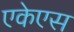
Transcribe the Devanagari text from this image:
एकेएस